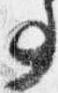
事